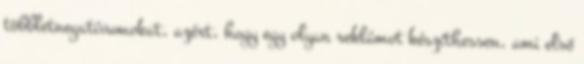
többletnegatívumokat, azért, hogy egy olyan reklámot készíthessen, ami első